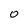
Character: 0